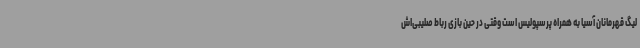
لیگ قهرمانان آسیا به همراه پرسپولیس است وقتی در حین بازی رباط صلیبی‌اش